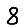
Digit: 8